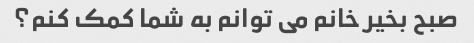
صبح بخیر خانم می توانم به شما کمک کنم؟